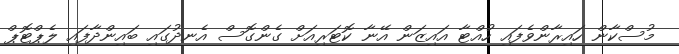
މުސްކާން ހައިރާންވެފައި ހުއްޓާ އައިޒަން އޭނާ ކޮޓަރިއަށް ގެންގޮސް އެނދުގައި ބައިންދާފައި ލެޕްޓޮޕް